Civil Veterinary Dept. Bombay admin report 1900-1906 - 1900-1906
Year: 1900
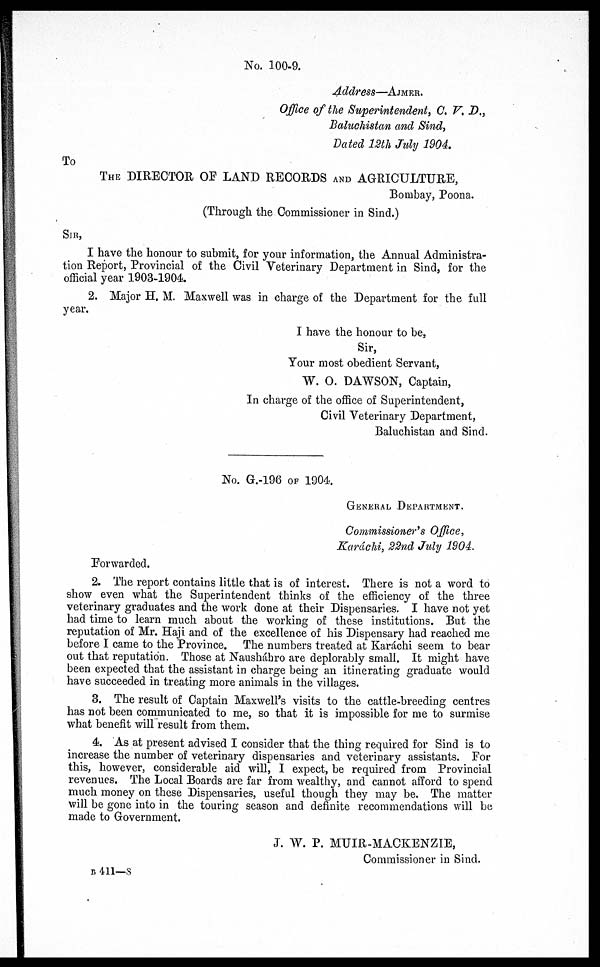
No. 100-9.
Address—AJMER
Office of the Superintendent, C. V. D.,
Baluchistan and Sind,
Dated 12th July 1904.
To
THE DIRECTOR OF LAND RECORDS AND AGRICULTURE,
Bombay, Poona.
(Through the Commissioner in Sind.)
SIR,
I have the honour to submit, for your information, the Annual Administra-
tion Report, Provincial of the Civil Veterinary Department in Sind, for the
official year 1903-1904.
2. Major H. M. Maxwell was in charge of the Department for the full
year.
I have the honour to be,
Sir,
Your most obedient Servant,
W. O. DAWSON, Captain,
In charge of the office of Superintendent,
Civil Veterinary Department,
Baluchistan and Sind.
No. G.-196 OF 1904
GENERAL DEPARTMENT.
Commissioner's Office,
Karáchi, 22nd July 1904.
Forwarded.
2. The report contains little that is of interest. There is not a word to
show even what the Superintendent thinks of the efficiency of the three
veterinary graduates and the work done at their Dispensaries. I have not yet
had time to learn much about the working of these institutions. But the
reputation of Mr. Haji and of the excellence of his Dispensary had reached me
before I came to the Province. The numbers treated at Karachi seem to bear
out that reputation. Those at Naushábro are deplorably small. It might have
been expected that the assistant in charge being an itinerating graduate would
have succeeded in treating more animals in the villages.
3. The result of Captain Maxwell's visits to the cattle-breeding centres
has not been communicated to me, so that it is impossible for me to surmise
what benefit will result from them.
4. As at present advised I consider that the thing required for Sind is to
increase the number of veterinary dispensaries and veterinary assistants. For
this, however, considerable aid will, I expect, be required from Provincial
revenues. The Local Boards are far from wealthy, and cannot afford to spend
much money on these Dispensaries, useful though they may be. The matter
will be gone into in the touring season and definite recommendations will be
made to Government.
J. W. P. MUIR-MACKENZIE ,
Commissioner in Sind.
B 411—8